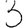
Digit: 3